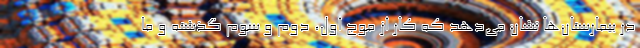
در بیمارستان‌ها نشان می‌دهد که کار از موج اول، دوم و سوم گذشته و ما